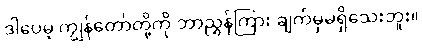
ဒါပေမဲ့ ကျွန်တော်တို့ကို ဘာညွှန်ကြား ချက်မှမရှိသေးဘူး။